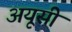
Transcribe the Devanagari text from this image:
अयूसी